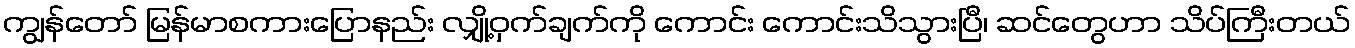
ကျွန်တော် မြန်မာစကားပြောနည်း လျှို့ဝှက်ချက်ကို ကောင်း ကောင်းသိသွားပြီ၊ ဆင်တွေဟာ သိပ်ကြီးတယ်